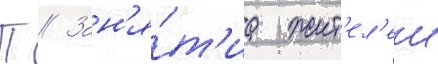
П // Зан'я́т'иа жит'ел'еи